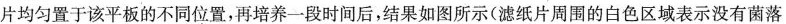
片均匀置于该平板的不同位置，再培养一段时间后，结果如图所示(滤纸片周围的白色区域表示没有菌落